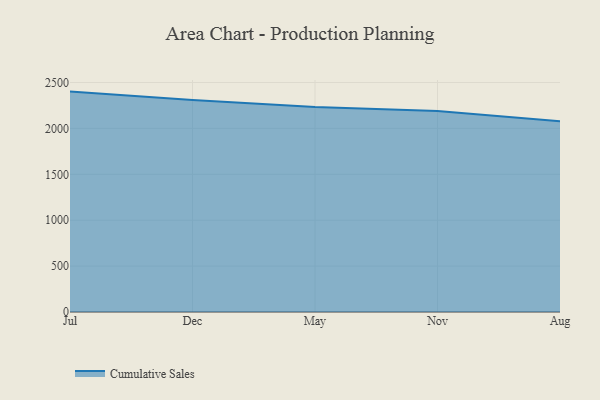
{"axis": {"x": "Month", "y": "Operating Costs (USD K)"}, "legend": ["Cumulative Sales"], "data": [{"x": "Jul", "y": 2400.9, "type": "Cumulative Sales"}, {"x": "Dec", "y": 2310.0, "type": "Cumulative Sales"}, {"x": "May", "y": 2234.3, "type": "Cumulative Sales"}, {"x": "Nov", "y": 2190.2, "type": "Cumulative Sales"}, {"x": "Aug", "y": 2077.7, "type": "Cumulative Sales"}]}